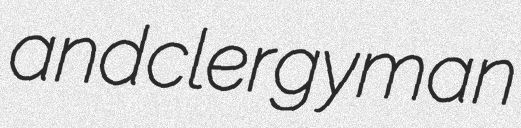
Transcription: and clergyman